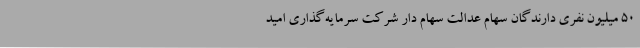
۵۰ میلیون نفری دارندگان سهام عدالت سهام دار شرکت سرمایه‌گذاری امید